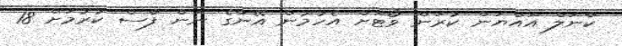
ކާނަލް އައްޔަން ކުރަން ވޯޓަށް އެހުމުން އޭނާގެ ނަން ފާސް ކުރުމަށް 18